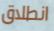
انطلاق